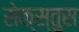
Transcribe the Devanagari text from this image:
सेक्स्तुस